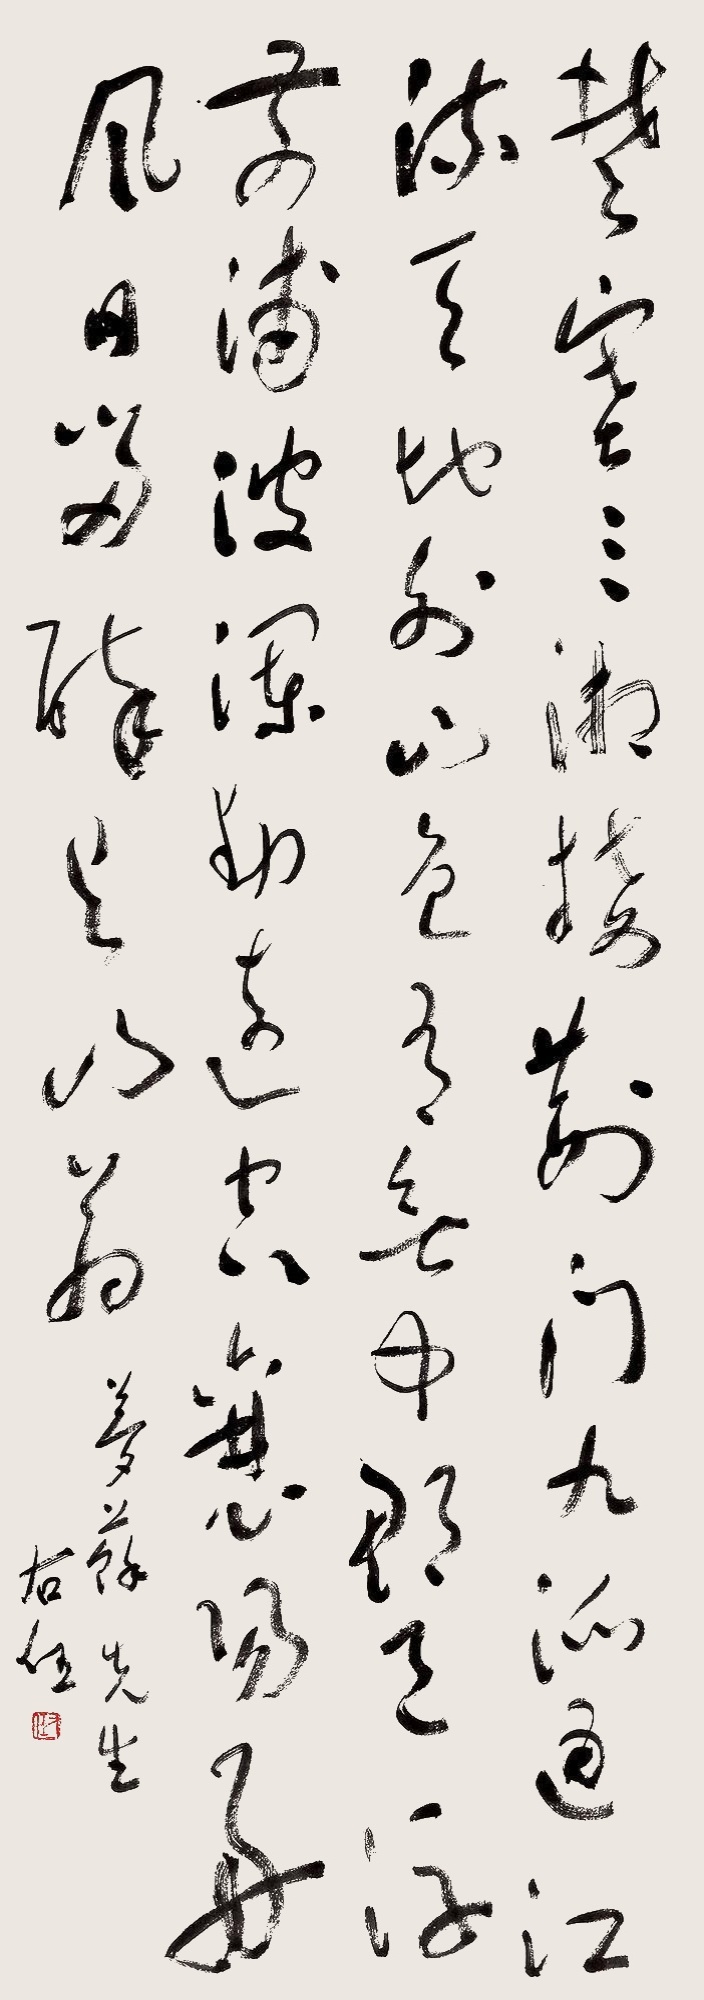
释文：楚塞三湘接，荆门九派通。江流天地外，山色有无中。郡邑浮前浦，波澜动远空。襄阳好风日，留醉与山翁。梦苏先生，右任。